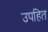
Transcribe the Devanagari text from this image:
उपहित